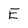
Character: E